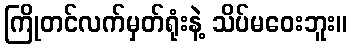
ကြိုတင်လက်မှတ်ရုံးနဲ့ သိပ်မဝေးဘူး။